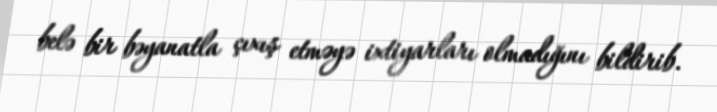
belə bir bəyanatla çıxış etməyə ixtiyarları olmadığını bildirib.